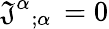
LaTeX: \mathfrak{J}^{\alpha}{}_{;\alpha}\, =0